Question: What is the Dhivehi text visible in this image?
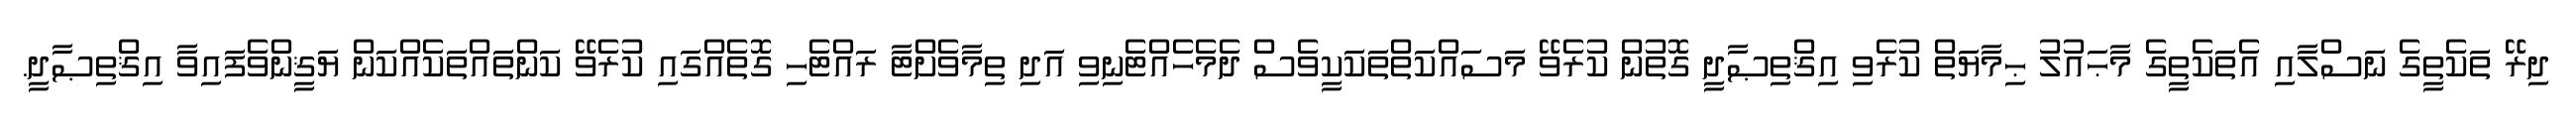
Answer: ދިރޭ ތަކެތީގެ ނަސްލާއި އެތަކެތީގެ މާޙައުލު ޙިމާޔަތް ކުރެވި އިޤްތިޞާދީ ގޮތުން ކުރެވޭ މަސައްކަތްތަކަކީވެސް ދެމެހެއްޓެނިވި އަދި ތިމާވެށްޓާ ރައްޓެހި ގޮތެއްގައި ކުރެވޭ ކަންތައްތަކެއްކަން ޔަޤީންވެފައިވާ އިޤްތިޞާދީ.